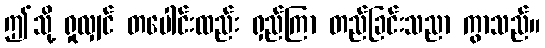
ဤသို့ ရှုလျှင် တပေါင်းထည်း ရှည်ကြာ တည်ခြင်းသညာ ကွာသည်။